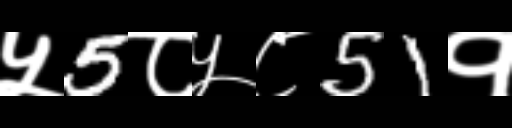
Text: ५5८५८51१